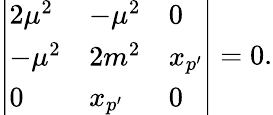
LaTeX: \left|\begin{array}{lllll}{{2\mu^{2}}}&{{-\mu^{2}}}&{{0}}\\ {{-\mu^{2}}}&{{2m^{2}}}&{{x_{p^{\prime}}}}\\ {{0}}&{{x_{p^{\prime}}}}&{{0}}\end{array}\right|=0.